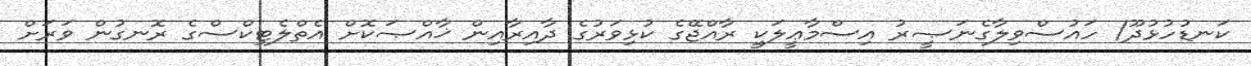
ކަނޑުހުޅުދޫ/ ހައުސްވިލާގެނަޞީރު އިސްމާޢީލަކީ ރާއްޖޭގެ ކުޅިވަރުގެ ދާއިރާއިން ޚާއްޞަކޮށް އެތްލެޓިކްސްގެ ރޮނގުން ވަރަށް